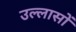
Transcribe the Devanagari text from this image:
उल्लासों